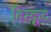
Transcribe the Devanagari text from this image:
बिस्कूट